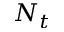
N _ { t }